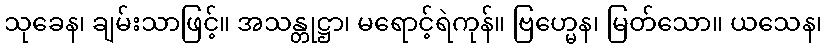
သုခေန၊ ချမ်းသာဖြင့်။ အသန္တုဋ္ဌာ၊ မရောင့်ရဲကုန်။ ဗြဟ္မေန၊ မြတ်သော။ ယသေန၊